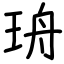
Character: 珘